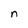
Character: n